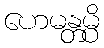
ဟေမန္တမ္ပိ